system: You are a helpful assistant.
user:
Analyze the provided spectrum to determine if it is a **M-type Giant (gM)**.

A M-type Giant spectrum is defined by its **strong molecular absorption** features, particularly from **Titanium Oxide (TiO)**. You must check for one of the following mutually exclusive signatures:

- **Key Visual Indicators (Absorption-Dominated Spectrum):**

    - **(Primary):** The spectrum is dominated by strong molecular absorption from **Titanium Oxide (TiO)**. This is the **defining feature** of its M-type temperature class.
        - **(Key Bandheads):** Look for sharp, "saw-tooth" absorption valleys. The strongest are located near **~7050 Å**, **~6160 Å**, and **~5170 Å**.
        - **(Line Profile):** The "saw-tooth" morphology is critical: a **sharp, steep drop on the BLUE (short-wavelength) side** of the bandhead, followed by a gradual recovery (rising flux) towards the RED (long-wavelength) side.

    - **(Key Confirmation - Giant vs. Dwarf):** **ABSENCE** of strong **Calcium Hydride (CaH)** molecular bands. This is the primary diagnostic for *excluding* M-dwarfs.
        - **(Key Region):** The spectrum should lack the strong, broad absorption band seen in dwarfs between **~6800 Å and ~7000 Å**.

    - **(Secondary Confirmation - Giant):** A very strong and broad **Neutral Calcium (Ca I)** atomic absorption line.
        - **(Key Line):** Located at **~4226 Å**. In a giant (gM), this line is significantly deeper and broader than the same line in an M-dwarf (dM) due to low surface gravity.

    - **(Overall Spectrum):**
        - The continuum is **extremely red-sloping** (i.e., flux is very low in the blue and rises dramatically towards the red).
        - The entire spectrum appears "chopped up" by the deep TiO bands.

Think first, call **spectral_visualization_tool** if needed to examine features in detail, then provide your final answer. Your response must adhere to the following strict rules:
1.  **Overall Structure:** Your response must follow the format `<think>...</think> <tool_call>...</tool_call> (if a tool is used) <answer>...</answer>`.
2.  **Tool Usage Constraint:** You may only make **one** tool call per turn.
3.  **Final Answer Format:** In the `<answer>` tag, your conclusion must be inside a `\boxed{}` command (e.g., `\boxed{YES}` or `\boxed{NO}`), followed by your justification.

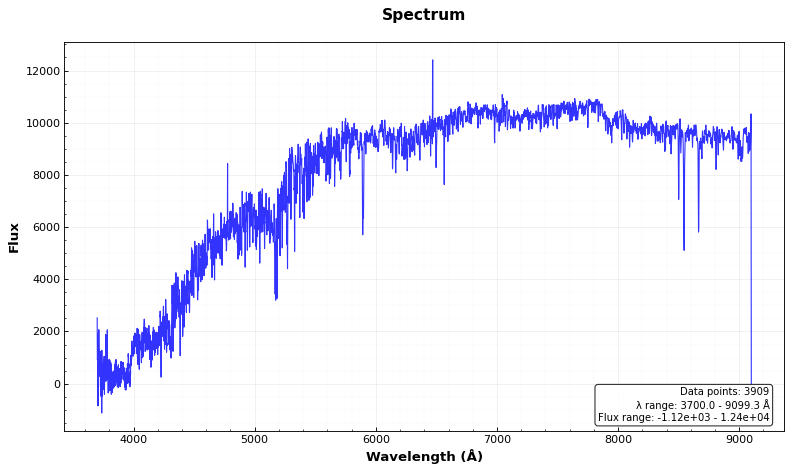
Answer: NO